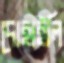
দোহাইলি